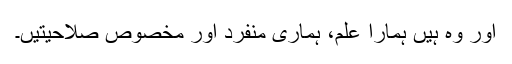
اور وہ ہیں ہمارا علم، ہماری منفرد اور مخصوص صلاحیتیں۔